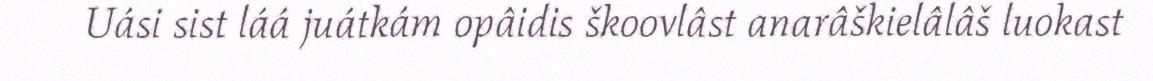
Uási sist láá juátkám opâidis škoovlâst anarâškielâlâš luokast